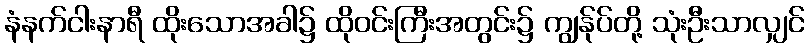
နံနက်ငါးနာရီ ထိုးသောအခါ၌ ထိုဝင်းကြီးအတွင်း၌ ကျွန်ုပ်တို့ သုံးဦးသာလျှင်